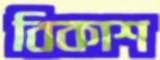
বিকাশ